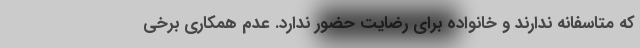
که متاسفانه ندارند و خانواده برای رضایت حضور ندارد. عدم همکاری برخی